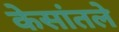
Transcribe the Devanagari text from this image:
केसांतले